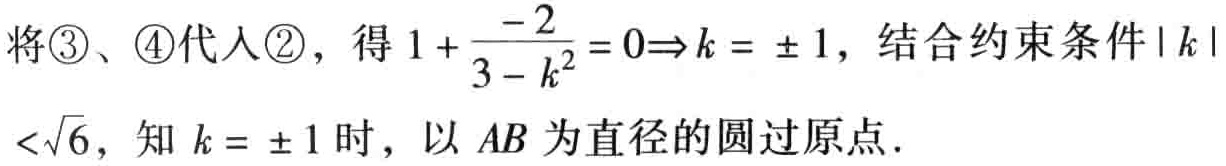
将\textcircled{3}、\textcircled{4}代入\textcircled{2}，得 \(1 + \frac{-2}{3 - k^{2}} = 0\Rightarrow k = \pm 1\)，结合约束条件\(\vert k \vert <\sqrt{6}\)，知 \(k = \pm 1\)时，以 \(AB\) 为直径的圆过原点.